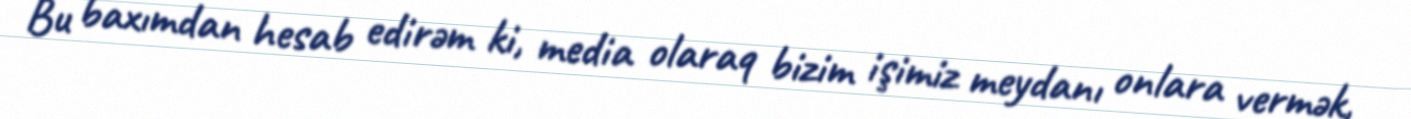
Bu baxımdan hesab edirəm ki, media olaraq bizim işimiz meydanı onlara vermək,